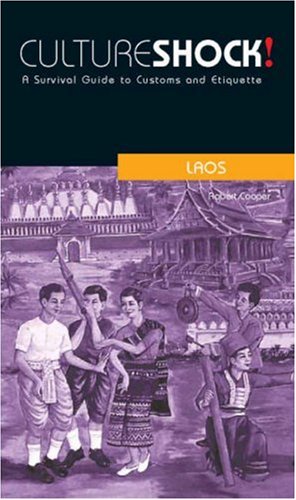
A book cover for Laos (Cultureshock Laos: A Survival Guide to Customs & Etiquette); Robert Cooper; Travel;